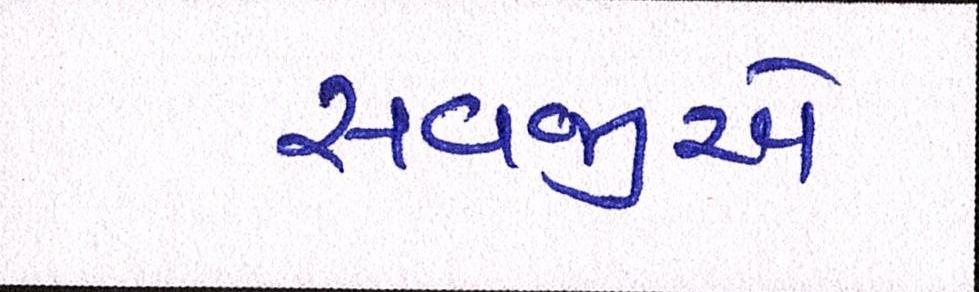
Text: સવજીએ